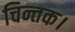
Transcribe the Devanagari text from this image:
चिन्तक।